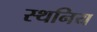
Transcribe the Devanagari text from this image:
स्थनिय